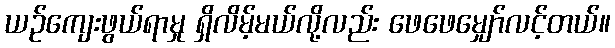
ယဉ်ကျေးဖွယ်ရာမှု ရှိလိမ့်မယ်လို့လည်း ဖေဖေမျှော်လင့်တယ်။